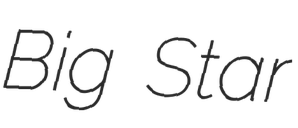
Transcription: Big Star